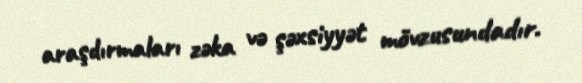
araşdırmaları zəka və şəxsiyyət mövzusundadır.